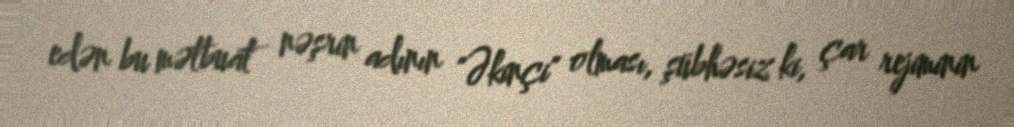
edən bu mətbuat nəşrin adının "Əkinçi" olması, şübhəsiz ki, çar rejiminin